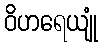
ဝိဟရေယျုံ